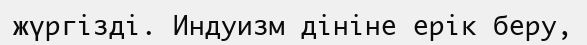
жүргізді. Индуизм дініне ерік беру,